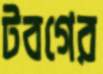
টবগের